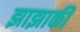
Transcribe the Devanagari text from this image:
झाझाकी